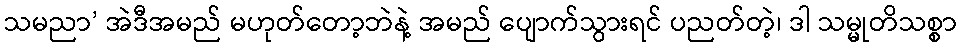
သမညာ’ အဲဒီအမည် မဟုတ်တော့ဘဲနဲ့ အမည် ပျောက်သွားရင် ပညတ်တဲ့၊ ဒါ သမ္မုတိသစ္စာ